Account of plague administration in the Bombay Presidency from September 1896 till May 1897
Year: 1896
Disease focus: Plague
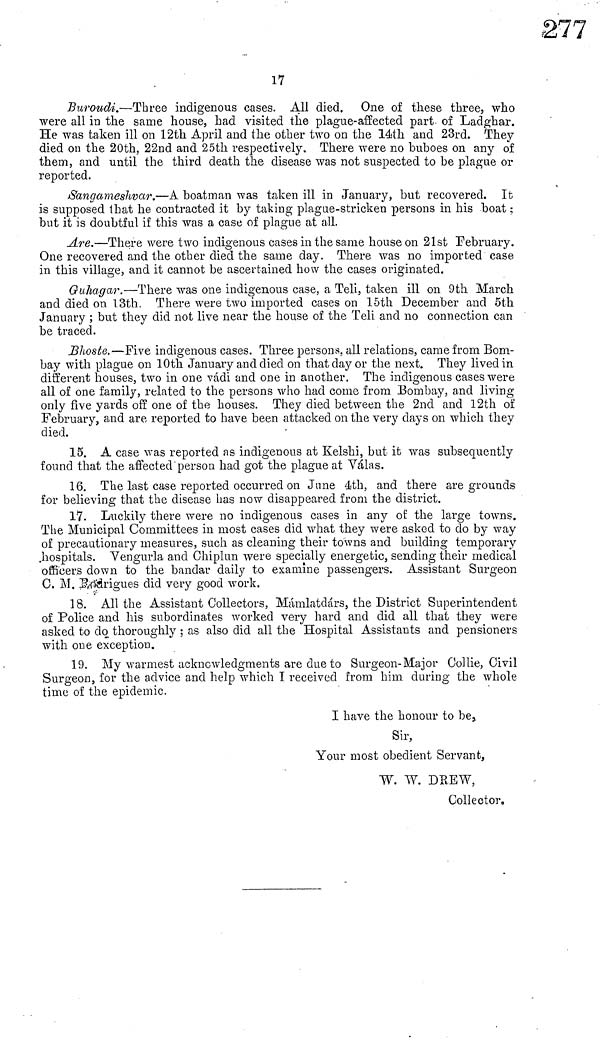
17
Buroudi.—Three indigenous cases. All died. One of these three, who
were all in the sanie house, had visited the plague-affected part of Ladghar.
He was taken ill on 12th April and the other two on the 14th and 23rd. They
died on the 20th, 22nd and 25th respectively. There were no buboes on any of
them, and until the third death the disease was not suspected to be plague or
reported.
Sangameshvar.—A boatman was taken ill in January, but recovered. It
is supposed that he contracted it by taking plague-stricken persons in his boat ;
but it is doubtful if this was a case of plague at all.
Are.—There were two indigenous cases in the same house on 21st February.
One recovered and the other died the same day. There was no imported case
in this village, and it cannot be ascertained how the cases originated.
Guhagar.—There was one indigenous case, a Teli, taken ill on 9th March
and died on 13th. There were two imported cases on 15th December and 5th
January ; but they did not live near the house of the Teli and no connection can
be traced.
Bhoste.—Five indigenous cases. Three persons, all relations, came from Bom-
bay with plague on 10th January and died on that day or the next. They lived in
different houses, two in one vádi and one in another. The indigenous cases were
all of one family, related to the persons who had come from Bombay, and living
only five yards off one of the houses. They died between the 2nd and 12th of
February, and are reported to have been attacked on the very days on which they
died.
15. A case was reported as indigenous at Kelshi, but it was subsequently
found that the affected ' person had got the plague at Válas.
16. The last case reported occurred on June 4th, and there are grounds
for believing that the disease has now disappeared from the district.
17. Luckily there were no indigenous cases in any of the large towns.
The Municipal Committees in most cases did what they were asked to do by way
of precautionary measures, such as cleaning their towns and building temporary
hospitals. Vengurla and Chiplun were specially energetic, sending their medical
officers down to the bandar daily to examine passengers. Assistant Surgeon
C. M. Bodrigues did very good work.
18. All the Assistant Collectors, Mámlatclárs, the District Superintendent
of Police and his subordinates worked very hard and did all that they were
asked to do thoroughly ; as also did all the Hospital Assistants and pensioners
with one exception.
19. My warmest acknowledgments are due to Surgeon-Major Collie, Civil
Surgeon, for the advice and help which I received from him during the whole
time of the epidemic.
I have the honour to be,
Sir,
Your most obedient Servant,
W. W. DREW,
Collector.